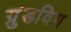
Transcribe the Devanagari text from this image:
ग्रुंडविग